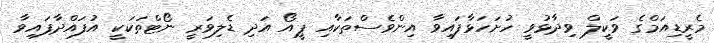
މެރީޑިއަމްގެ ވަކީލް ވިދާޅުވީ ހުށަހަޅާފައިވާ އިންވެސްތަކާއި ޕީއޯ އަދި ޑެލިވަރީ ނޯޓްތަކަކީ އުފައްދާފައިވާ